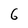
Character: 6